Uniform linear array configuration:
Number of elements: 32
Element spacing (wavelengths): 0.25
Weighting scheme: exponential
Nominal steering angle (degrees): -30
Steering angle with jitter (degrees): -30.715
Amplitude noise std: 0.05
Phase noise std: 0.05

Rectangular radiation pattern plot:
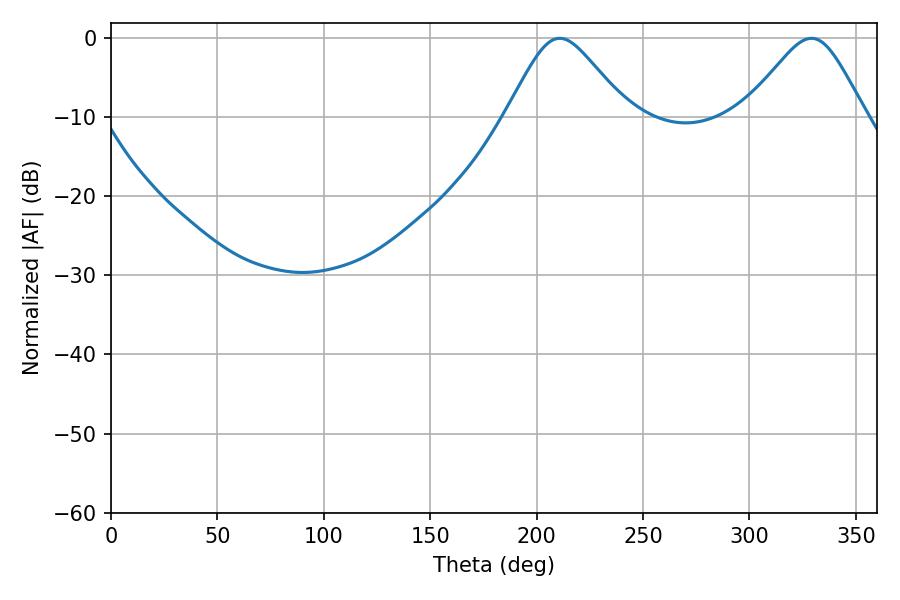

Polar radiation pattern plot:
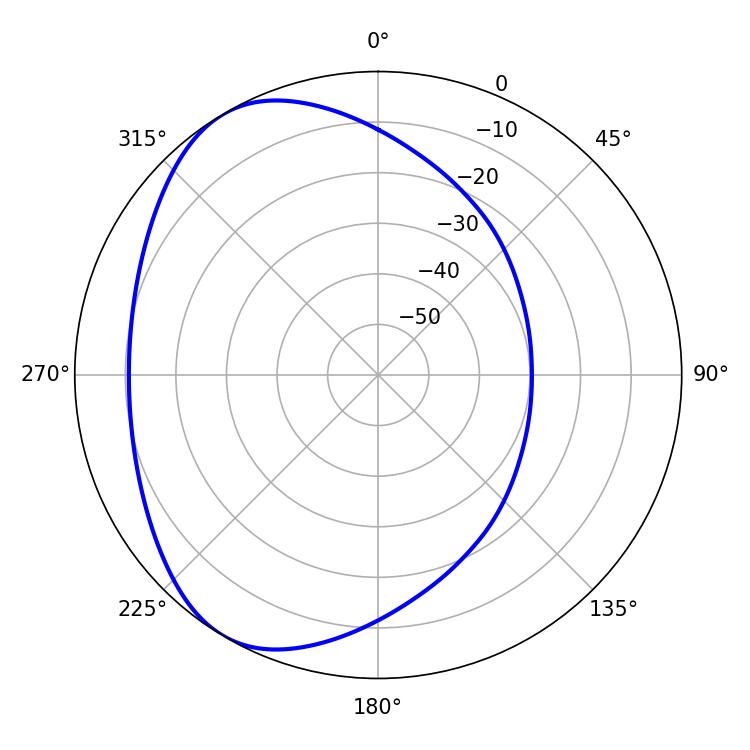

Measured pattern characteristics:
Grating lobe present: FALSE
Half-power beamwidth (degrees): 27.54
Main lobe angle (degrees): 329.22